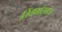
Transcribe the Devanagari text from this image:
तिंगमोसगंज